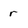
Character: r